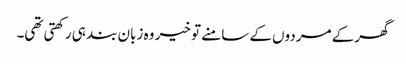
گھر کے مردوں کے سامنے تو خیر وہ زبان بند ہی رکھتی تھی۔